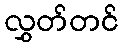
လွှတ်တင်